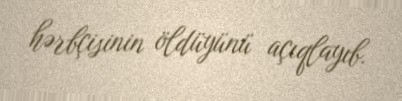
hərbçisinin öldüyünü açıqlayıb.